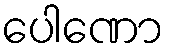
ပေါဏော